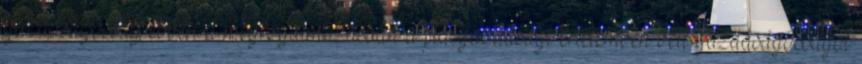
gazdaságosság ebben a megfogalmazásban a piacgazdasági értelemben vett gazdaságosságot